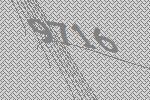
9716